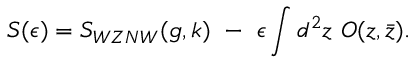
S ( \epsilon ) = S _ { W Z N W } ( g , k ) ~ - ~ \epsilon \int d ^ { 2 } z ~ O ( z , \bar { z } ) .